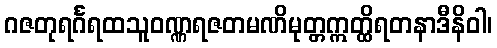
ဂဇတုရင်္ဂရထသူဝဏ္ဏရဇတမဏိမုတ္တဣတ္ထိရတနာဒီနိဝါ၊